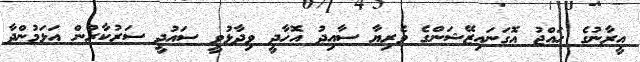
އީރާނުގެ ހައްޖު އޮގަނައިޒޭޝަންގެ ވެރިޔާ ސާއިދު އޮހާދީ ވިދާޅުވީ ސައުދީ ސަރުކާރުން އަޅަމުންދާ